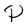
Character: P